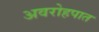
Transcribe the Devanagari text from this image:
अवरोहपात